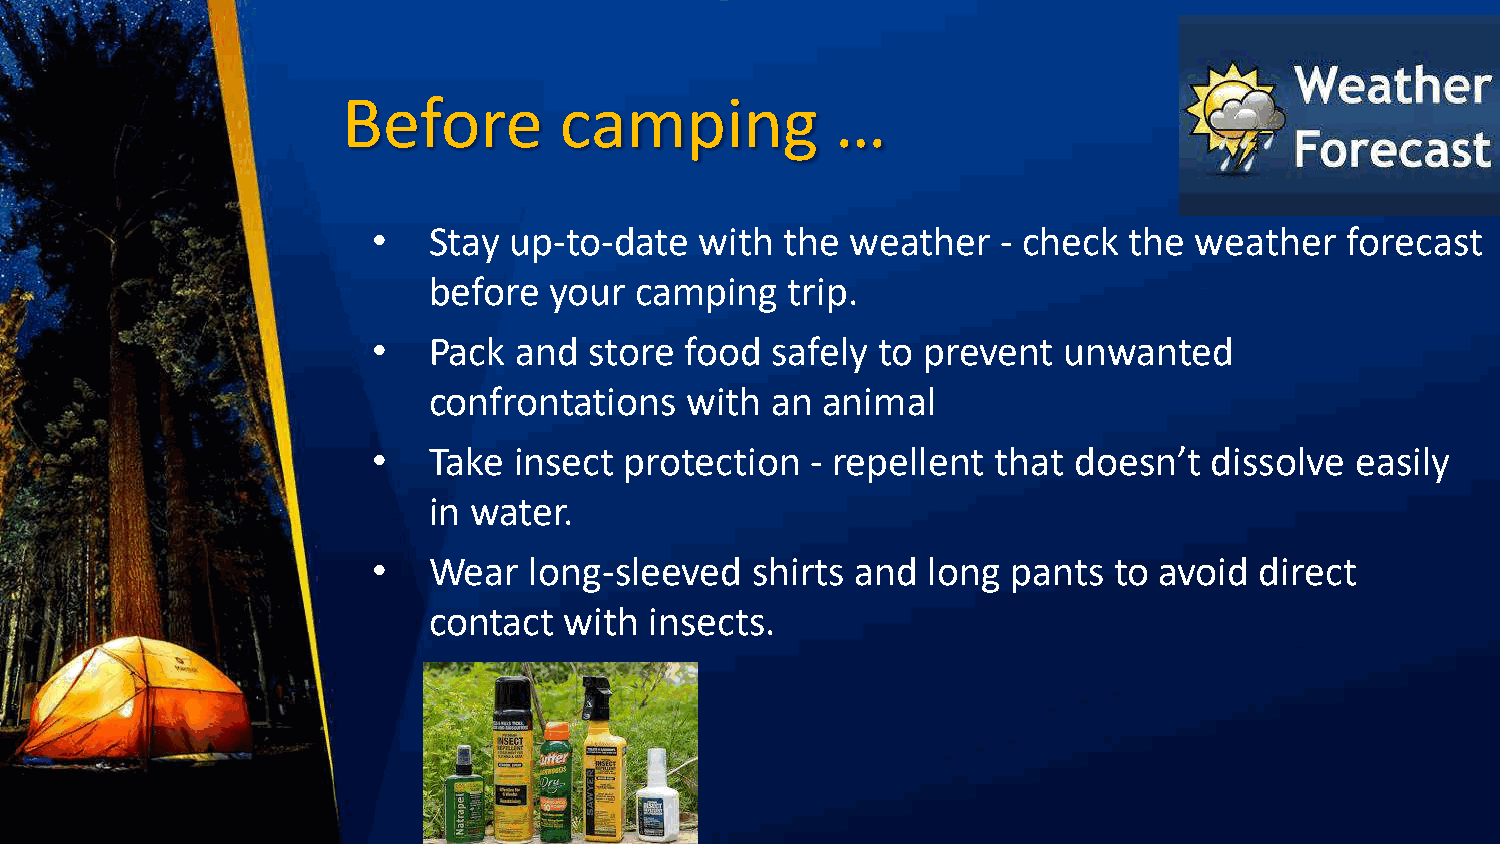
Before        camping           …
 •  Stay  up-to-date  with  the weather   - check  the weather   forecast
 before  your  camping   trip.
 •  Pack  and  store food  safely to prevent  unwanted
 confrontations   with  an animal
 •  Take  insect protection   - repellent that doesn’t  dissolve  easily
 in water.
 •  Wear   long-sleeved   shirts and long  pants  to avoid direct
 contact  with  insects.